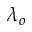
\lambda _ { o }